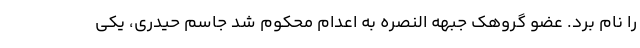
را نام برد. عضو گروهک جبهه النصره به اعدام محکوم شد جاسم حیدری، یکی